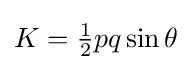
K={\tfrac {1}{2}}pq\sin \theta